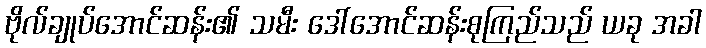
ဗိုလ်ချုပ်အောင်ဆန်း၏ သမီး ဒေါ်အောင်ဆန်းစုကြည်သည် ယခု အခါ